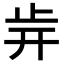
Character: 𣥎